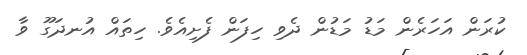
ކުރަން އަހަރެން މަޑު މަޑުން ދެވި ހިފަން ފެށިއެވެ. ހިތައް އުނދަގޫ ވާ